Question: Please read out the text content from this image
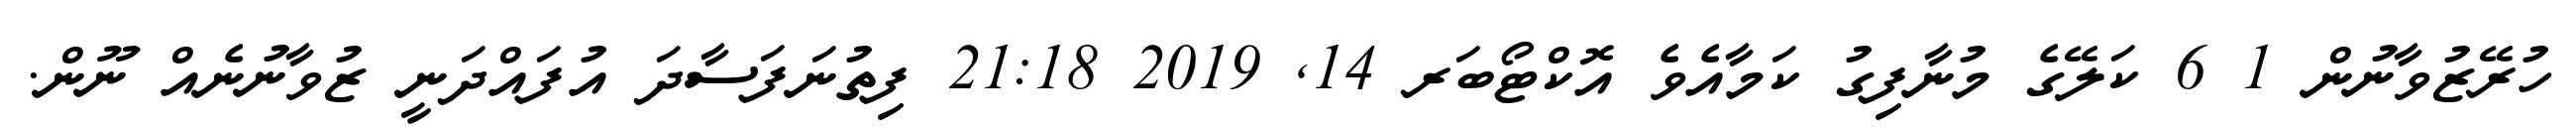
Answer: ހުރޭޒުވާނުން 1 6 ކަލޭގެ މުނާފިގު ކަމާއެވެ އޮކްޓޯބަރ 14, 2019 21:18 ފިތުނަފަސާދަ އުފައްދަނީ ޒުވާނުނެއް ނޫން.